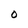
Character: O